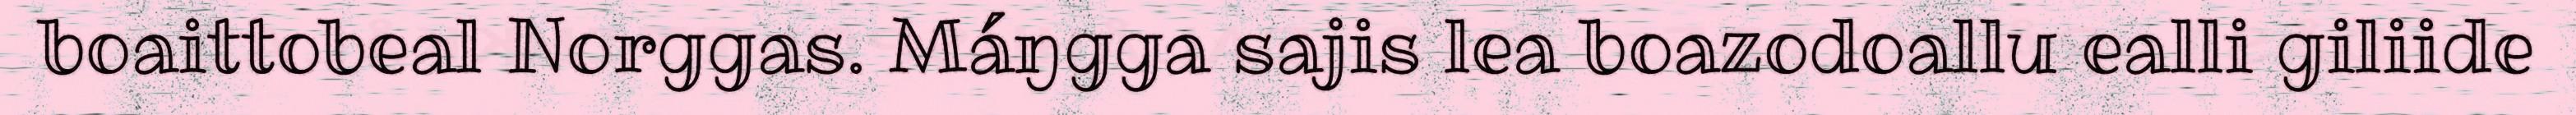
boaittobeal Norggas. Máŋgga sajis lea boazodoallu ealli giliide